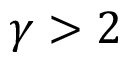
\gamma > 2